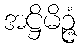
အဋ္ဌိမိဉ္ဇံ